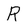
Character: R